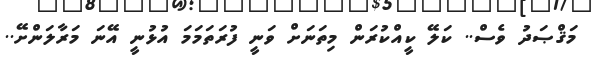
މަޤްޞަދު ވެސް.. ކަލޭ ކީއްކުރަން މިތަނަށް ވަނީ ފުރަތަމަމަ އުޅުނީ އޭނަ މަރާލަންށޭ..